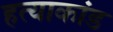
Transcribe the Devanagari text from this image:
हत्‍याकांड